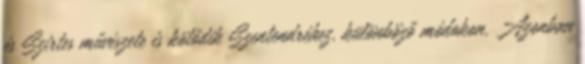
és Szirtes művészete is kötődik Szentendréhez, különböző módokon. Azonban